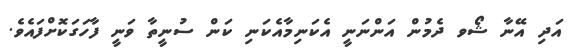
އަދި އޭނާ ޝޯވ ދެމުން އަންނަނީ އެކަނިމާއެކަނި ކަން ސުނީތާ ވަނީ ފާހަގަކޮށްފައެވެ.